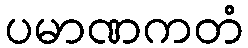
ပမာဏကတံ